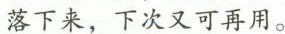
落下来，下次又可再用。